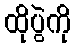
ထိုပွဲကို